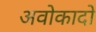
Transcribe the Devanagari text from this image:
अवोकादो